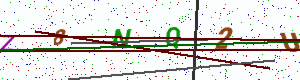
Text: Z8NQ2U